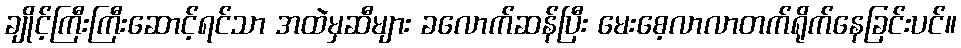
ချိုင့်ကြီးကြီးဆောင့်ရင်သာ အထဲမှဆီများ ခလောက်ဆန်ပြီး မေးစေ့လာလာတက်ရိုက်နေခြင်းပင်။